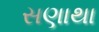
સણાથા